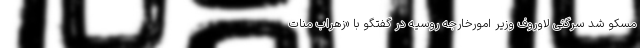
مسکو شد سرگئی لاوروف وزیر امورخارجه روسیه در گفتگو با «زهراب منات